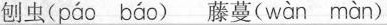
刨虫( páo báo ) 藤蔓( wàn màn )